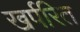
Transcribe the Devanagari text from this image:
खर्परित